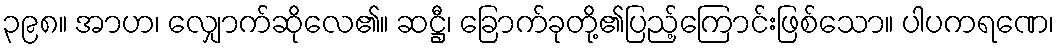
၃၉၈။ အာဟ၊ လျှောက်ဆိုလေ၏။ ဆဋ္ဌီ၊ ခြောက်ခုတို့၏ပြည့်ကြောင်းဖြစ်သော။ ပါပကရဏေ၊